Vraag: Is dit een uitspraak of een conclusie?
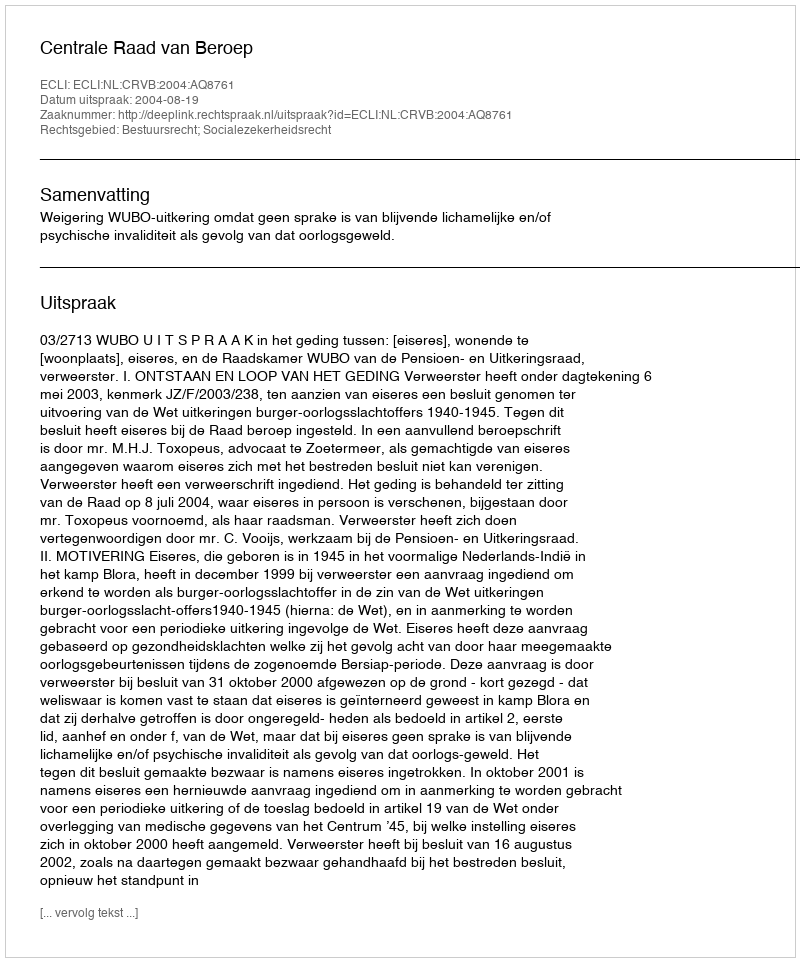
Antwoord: Uitspraak